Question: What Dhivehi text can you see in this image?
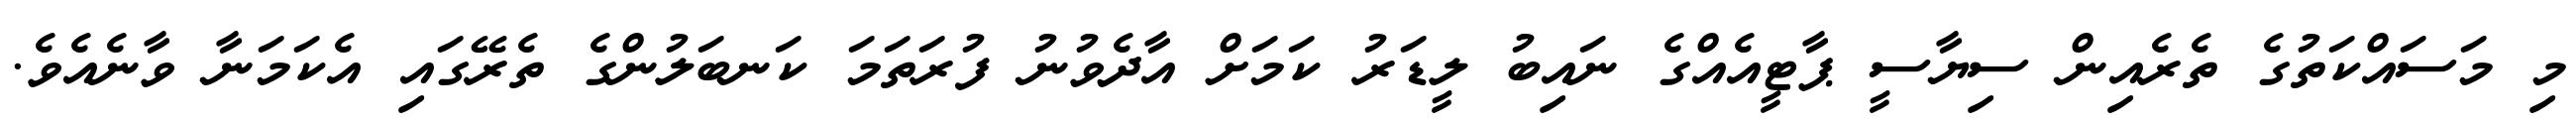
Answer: މި މަސައްކަތުގެ ތެރެއިން ސިޔާސީ ޕާޓީއެއްގެ ނައިބު ލީޑަރު ކަމަށް އާދެވުނު ފުރަތަމަ ކަނބަލުންގެ ތެރޭގައި އެކަމަނާ ވާނެއެވެ.